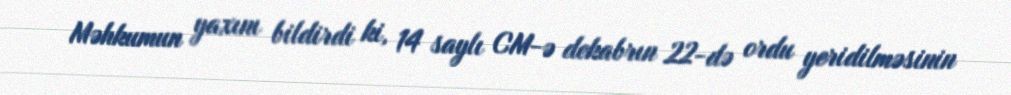
Məhkumun yaxını bildirdi ki, 14 saylı CM-ə dekabrın 22-də ordu yeridilməsinin